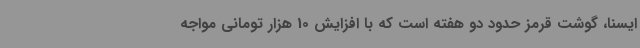
ایسنا، گوشت قرمز حدود دو هفته است که با افزایش 10 هزار تومانی مواجه